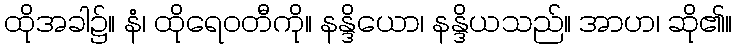
ထိုအခါ၌။ နံ၊ ထိုရေဝတီကို။ နန္ဒိယော၊ နန္ဒိယသည်။ အာဟ၊ ဆို၏။